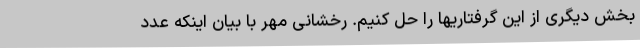
بخش دیگری از این گرفتاریها را حل کنیم. رخشانی مهر با بیان اینکه عدد